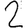
Digit: 2